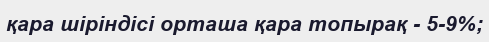
қара шіріндісі орташа қара топырақ - 5-9%;